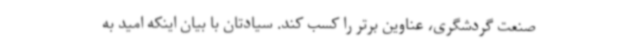
صنعت گردشگری، عناوین برتر را کسب کند. سیادتان با بیان اینکه امید به